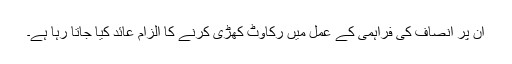
ان پر انصاف کی فراہمی کے عمل میں رکاوٹ کھڑی کرنے کا الزام عائد کیا جاتا رہا ہے۔